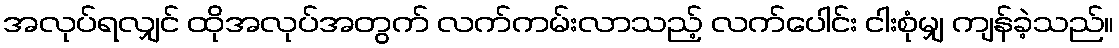
အလုပ်ရလျှင် ထိုအလုပ်အတွက် လက်ကမ်းလာသည့် လက်ပေါင်း ငါးစုံမျှ ကျန်ခဲ့သည်။